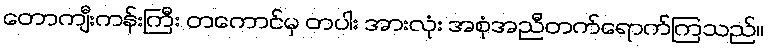
တောကျီးကန်းကြီး တကောင်မှ တပါး အားလုံး အစုံအညီတက်ရောက်ကြသည်။